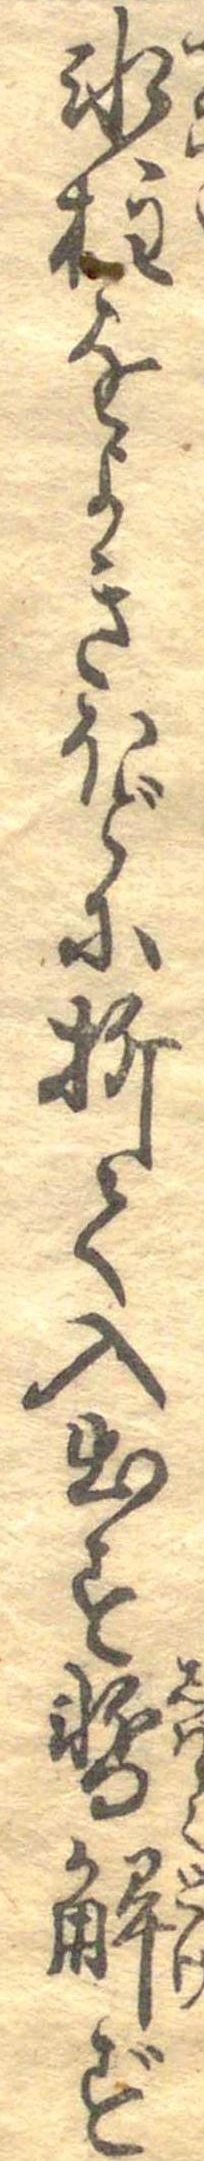
氷柱をよきほどに折て入出す暫解ず